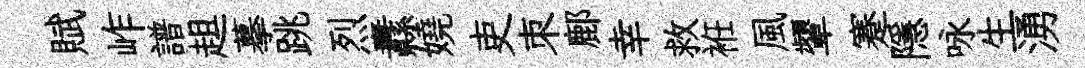
賦岞譜趄摹跳烈纛嬈吏朿鄜幸救袵風顰蹇隱咏生湧